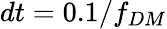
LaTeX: dt=0.1/f_{DM}